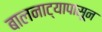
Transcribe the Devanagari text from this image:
बालनाट्यापासून